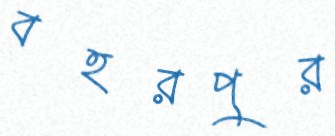
বহরপুর